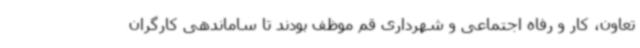
تعاون، کار و رفاه اجتماعی و شهرداری قم موظف بودند تا ساماندهی کارگران